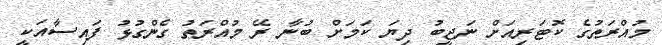
މުއްރަތުގެ ކޮޓަރިއަށް ނަޖީބު ދިޔަ ކަމަށް ބުނާ ރޭ މުއްރަތު ގެންގުޅު ފައިސާއަކީ